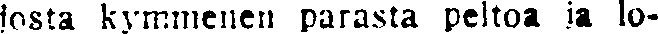
josta kymmenen parasta peltoa ja lo-